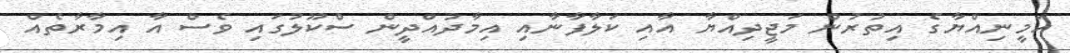
އަމީނިއްޔާގެ އިތުރުން މަޖީދިއްޔާ އާއި ކަލާފާނާއި އިމާދުއްދީން ސްކޫލުގައި ވެސް އާ އިމާރާތެއް